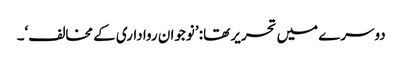
دوسرے میں تحریر تھا: ’نوجوان رواداری کے مخالف‘۔